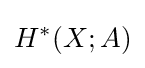
H^{*}(X;A)